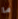
ما